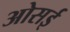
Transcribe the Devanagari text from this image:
ओसई